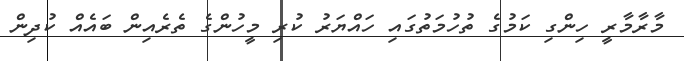
މާރާމާރީ ހިންގި ކަމުގެ ތުހުމަތުގައި ހައްޔަރު ކުރި މީހުންގެ ތެރެއިން ބައެއް ކުދިން